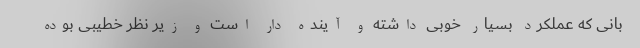
بانی که عملکرد بسیار خوبی داشته و آینده دار است و زیر نظر خطیبی بوده